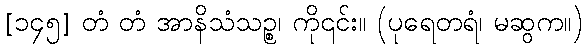
[၁၄၅] တံ တံ အာနိသံသဉ္စ၊ ကို၎င်း။ (ပုရေတရံ၊ မဆွက။)